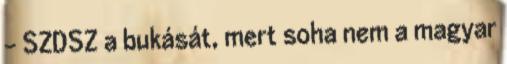
- SZDSZ a bukását, mert soha nem a magyar